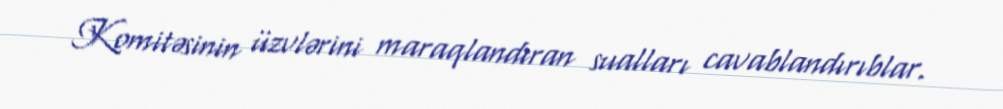
Komitəsinin üzvlərini maraqlandıran sualları cavablandırıblar.